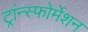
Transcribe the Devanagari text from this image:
ट्रांन्स्फोर्मेशन